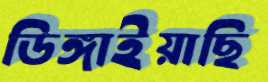
ডিঙ্গাইয়াছি